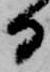
日